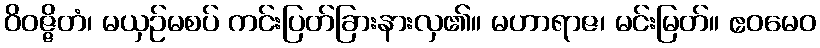
ဝိဝဇ္ဇိတံ၊ မယှဉ်မစပ် ကင်းပြတ်ခြားနားလှ၏။ မဟာရာဇ၊ မင်းမြတ်။ ဧဝမေဝ